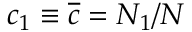
c _ { 1 } \equiv \overline { { c } } = N _ { 1 } / N